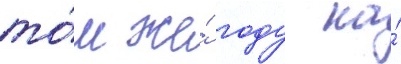
то́м же́ году на́